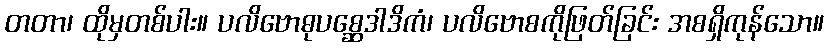
တတာ၊ ထိုမှတစ်ပါး။ ပလိဗောဓုပစ္ဆေဒါဒိကံ၊ ပလိဗောစကိုဖြတ်ခြင်း အစရှိကုန်သော။